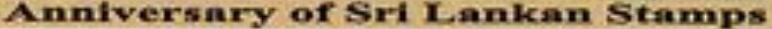
Anniversnry of Sri Lankan Stamps